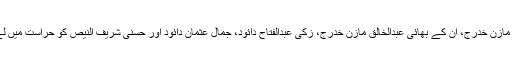
قلقیلیہ سے اسرائیلی فوج نے سابق اسیران محمد طلال الباز، عبدالرحمان مازن خدرج، ان کے بھائی عبدالخالق مازن خدرج، زکی عبدالفتاح دائود، جمال عثمان دائود اور حسنی شریف النیص کو حراست میں لے لیا، ان کی عمریں 28 سال سے 58 سال کے درمیان بتائی جاتی ہیں۔